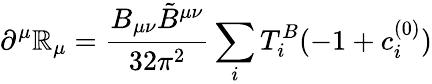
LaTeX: \partial^{\mu}\mathbb{R}_{\mu}=\frac{{B_{\mu\nu}{\tilde{{B}}}^{\mu\nu}}}{{32\pi^{2}}}\sum_{i}T_{i}^{B}(-1+c_{i}^{(0)})